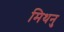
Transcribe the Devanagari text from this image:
मिथनु